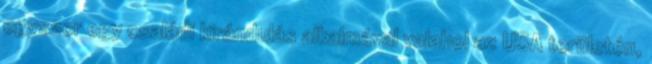
egyszer egy családi kirándulás alkalmával valahol az USA területén,